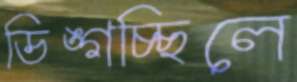
ডিঙ্গচ্ছিলে